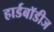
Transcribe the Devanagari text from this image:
हार्डबॉडीज